NAE_EAOK_eestikeelsed_sunnimeetrikad, lk 191
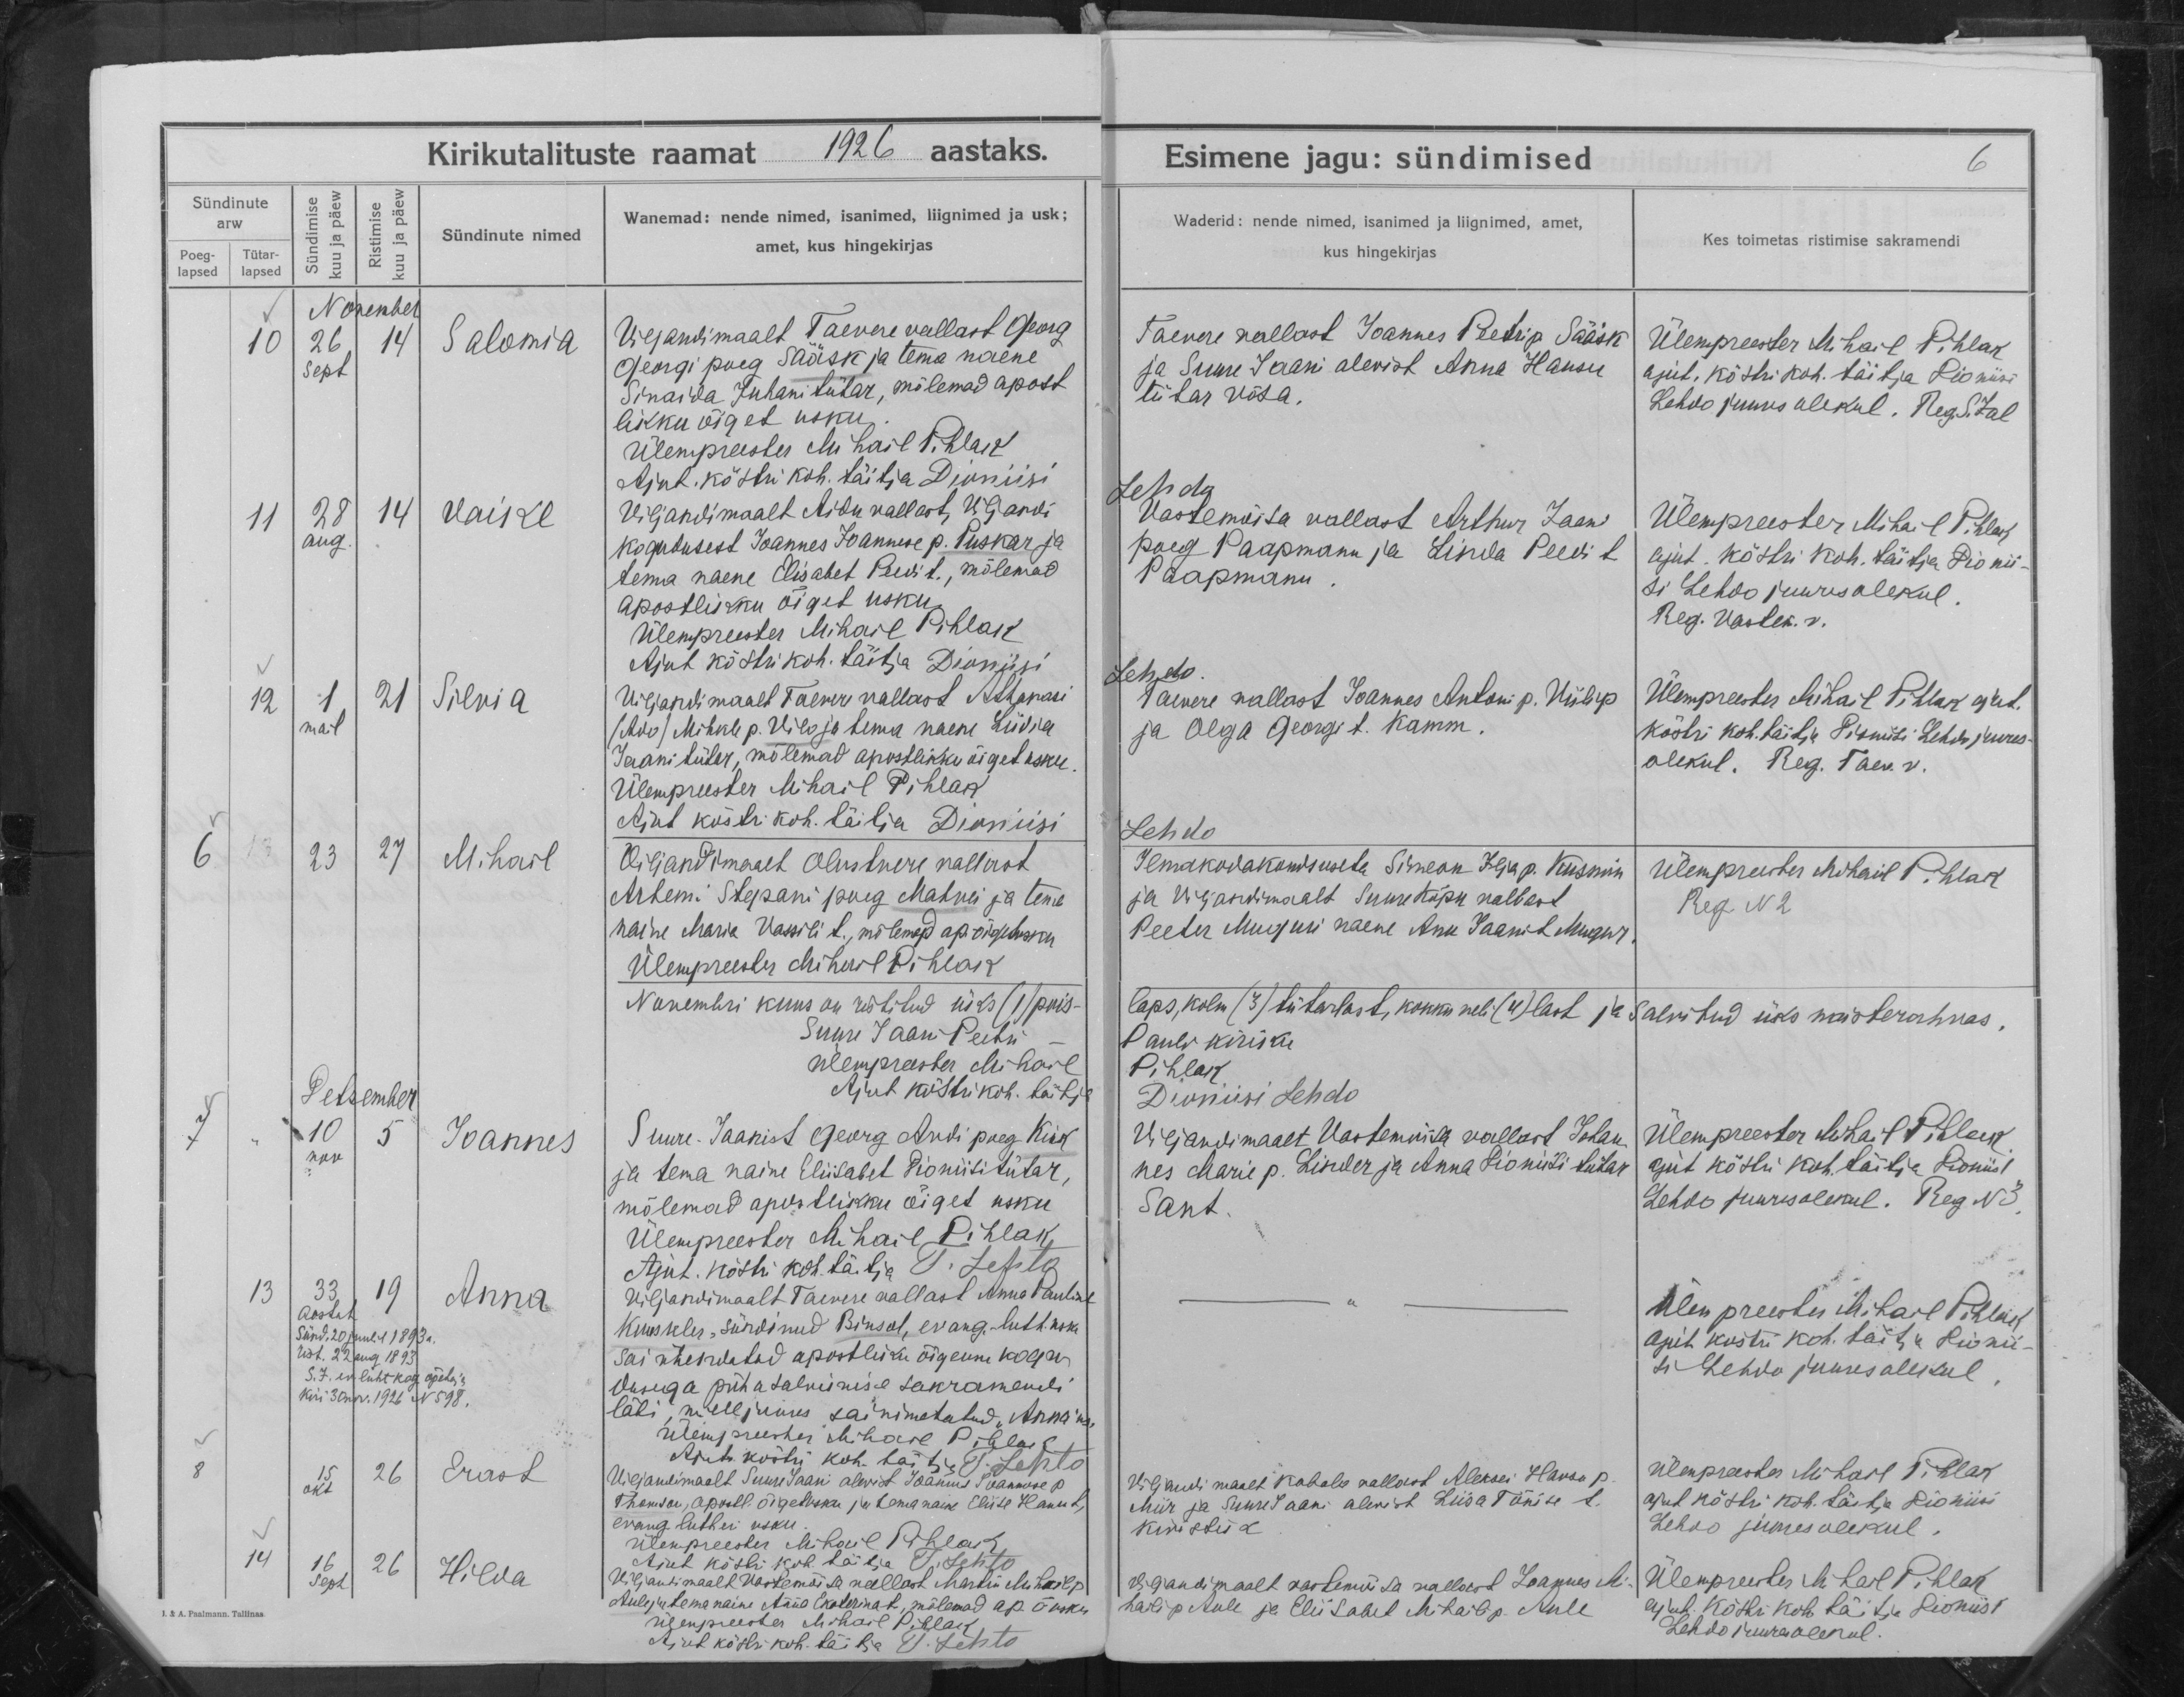
Salomia

Vaike

Silvia

Mihail

Joannes

Anna

Ernst

Hilda

Viljandimaalt Taevere vallast Georg
Georgi poeg Sääsk ja tema naene
Sinaida Juhani tütar, mõlemad apost-
likku õiget usku.

Viljandimaalt Aidu vallast, Viljandi
kogudusest Joannes Joannese p. Puskar ja
tema naene Elisabet Peedi t., mõlemad
apostlikku õiget usku.

Viljandimaalt Taevere vallast 
/Ado/ Mihkli p. Vils ja tema naene Liidia
Jaani tütar, mõlemad apostlikku õiget usku.

Viljandimaalt Olustvere vallast
Artemi Stepani poeg Matvei ja tema
naine Marie Vassili t., mõlemad ap. õigetusku

Suure-Jaanist Georg Andi poeg Kiik
ja tema naine Eliisabet Dioniidi tütar,
mõlemad apostlikku õiget usku.

Viljandimaalt Taevere vallast Anna Pauline
Kuuskler, sündinud Binsol, evang. luth. usku
sai ühendatud apostliku õigeusu kogu-
dusega püha salvimise sakramendi
läbi, mille juures sai nimetatud ,,Anna'ks.

Viljandimaalt Suure-Jaani alevist Jaanus Joannese p.
Thomson, apostl. õigetusku ja tema naine
evang. lutheri usku.

Viljandimaalt Vastemõisa vallast Mardi Mihail p.
Aule ja tema naine Anna Ekaterina t, mõlemad ap. õ usku.